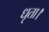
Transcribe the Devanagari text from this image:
धृता।